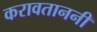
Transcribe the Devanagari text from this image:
करावताननी